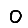
Digit: 0